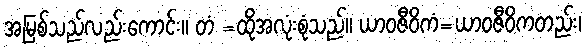
အမြစ်သည်လည်းကောင်း။ တံ =ထိုအလုံးစုံသည်။ ယာဝဇီဝိကံ=ယာဝဇီဝိကတည်း၊